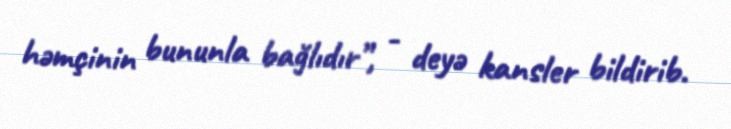
həmçinin bununla bağlıdır”, - deyə kansler bildirib.